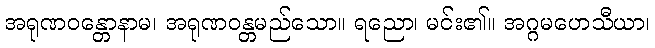
အရုဏဝန္တောနာမ၊ အရုဏဝန္တမည်သော။ ရညော၊ မင်း၏။ အဂ္ဂမဟေသီယာ၊